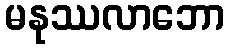
မနုဿလာဘော